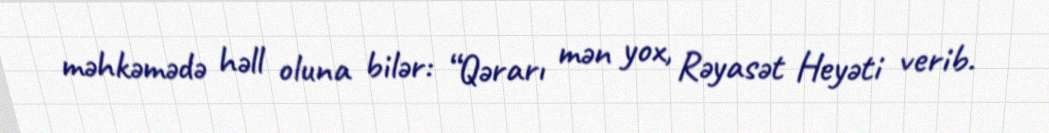
məhkəmədə həll oluna bilər: “Qərarı mən yox, Rəyasət Heyəti verib.